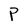
Character: P